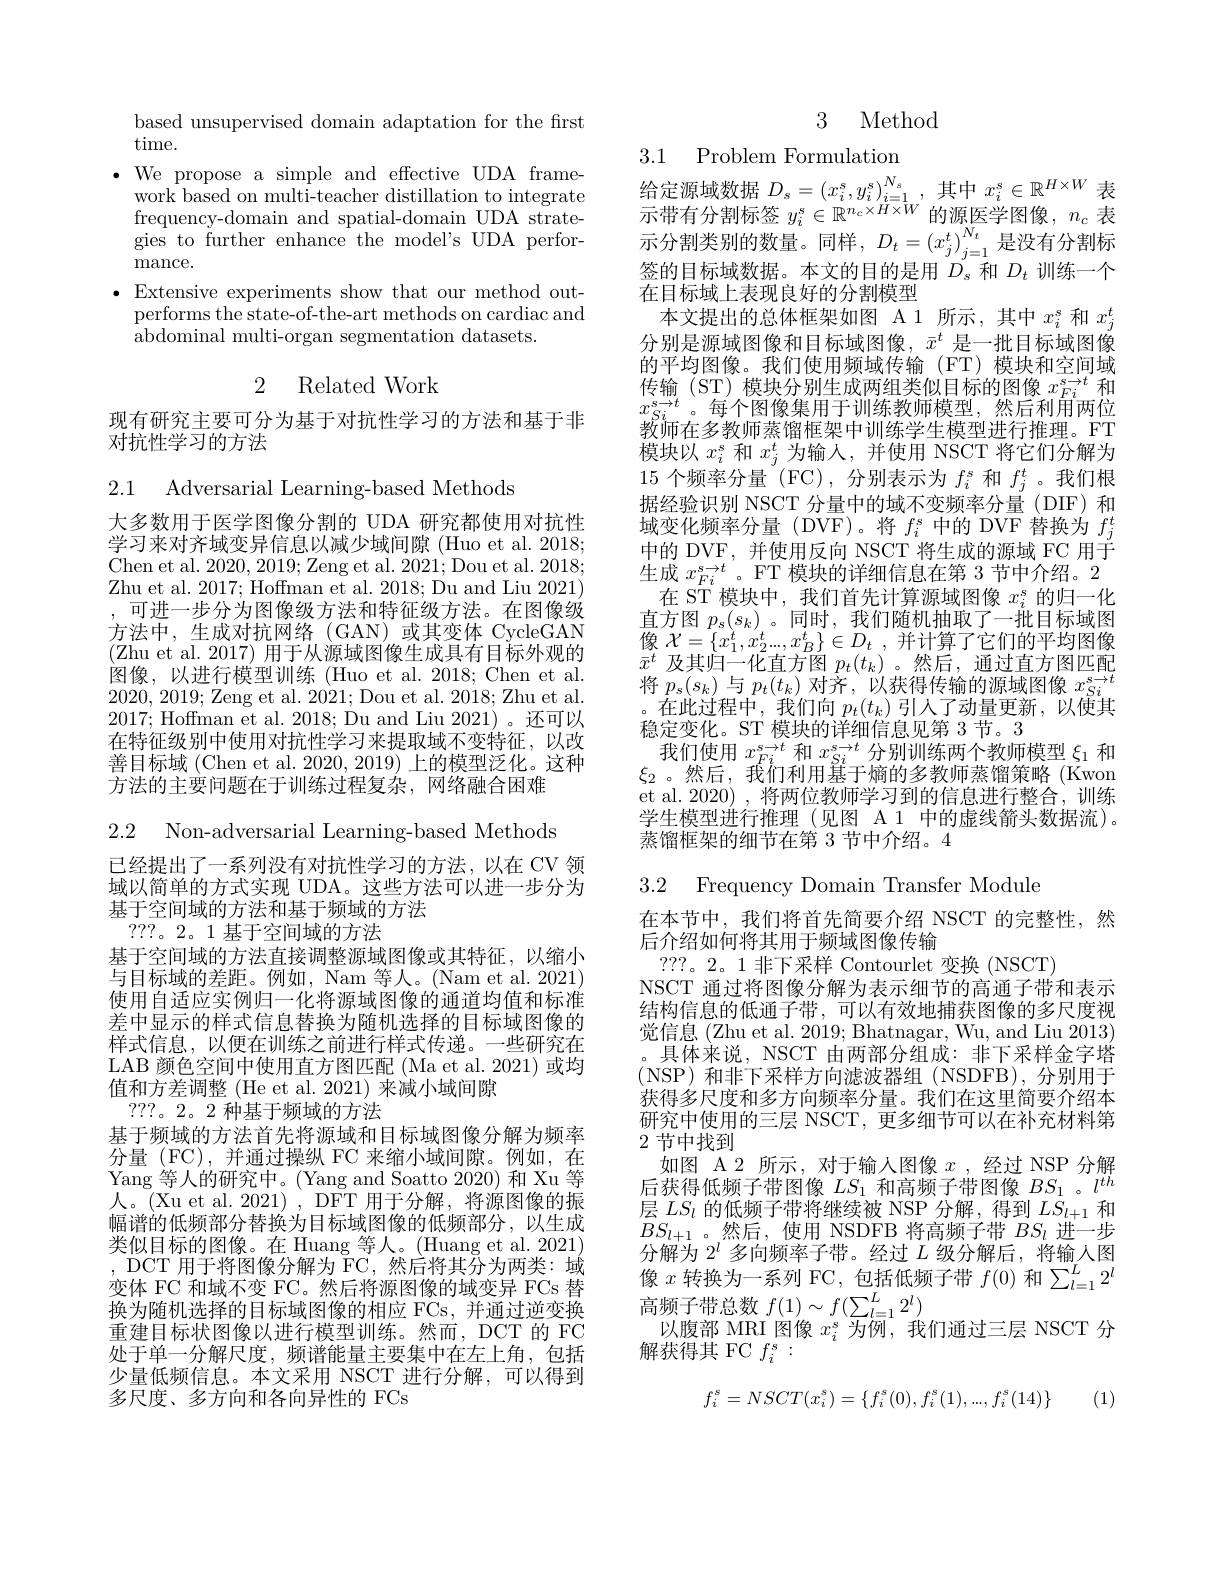
based unsupervised domain adaptation for the first
time.
$\bullet$We propose a simple and effective UDA frame-
work based on multi-teacher distillation to integrate frequency-domain and spatial-domain UDA strategies to further enhance the model's UDA performance.
$\bullet$ Extensive experiments show that our method out-
performs the state-of-the-art methods on cardiac and
${\mathrm{abdominal~multi-organ~segmentation~datasets.}}$

## 2 Related Work

现有研究主要可分为基于对抗性学习的方法和基于非
对抗性学习的方法

2.1 Adversarial Learning-based Methods

大多数用于医学图像分割的 UDA 研究都使用对抗性学习来对齐域变异信息以减少域间隙 (Huo et al. 2018; Chen et al. 2020, 2019; Zeng et al. 2021; Dou et al. 2018; Zhu et al. 2017; Hoffman et al. 2018; Du and Liu 2021) ,可进一步分为图像级方法和特征级方法。在图像级方法中，生成对抗网络(GAN)或其变体 CycleGAN (Zhu et al. 2017) 用于从源域图像生成具有目标外观的图像，以进行模型训练 (Huo et al. 2018; Chen et al. 2020, 2019; Zeng et al. 2021; Dou et al. 2018; Zhu et al. 2017; Hoffman et al. 2018; Du and Liu 2021)。还可以在特征级别中使用对抗性学习来提取域不变特征，以改善目标域 (Chen et al. 2020, 2019) 上的模型泛化。这种方法的主要问题在于训练过程复杂，网络融合困难

2.2 Non-adversarial Learning-based Methods

已经提出了一系列没有对抗性学习的方法，以在 CV 领域以简单的方式实现 UDA。这些方法可以进一步分为基于空间域的方法和基于频域的方法
???。2。1 基于空间域的方法
基于空间域的方法直接调整源域图像或其特征，以缩小与目标域的差距。例如，Nam 等人。(Nam et al. 2021) 使用自适应实例归一化将源域图像的通道均值和标准差中显示的样式信息替换为随机选择的目标域图像的样式信息，以便在训练之前进行样式传递。一些研究在LAB 颜色空间中使用直方图匹配 (Ma et al. 2021) 或均值和方差调整 (He et al. 2021) 来减小域间隙
???。2。2 种基于频域的方法
基于频域的方法首先将源域和目标域图像分解为频率分量 (FC),并通过操纵 FC 来缩小域间隙。例如，在Yang 等人的研究中。(Yang and Soatto 2020) 和 Xu 等人。(Xu et al. 2021), DFT 用于分解，将源图像的振幅谱的低频部分替换为目标域图像的低频部分，以生成类似目标的图像。在 Huang 等人。(Huang et al. 2021) ,DCT 用于将图像分解为 FC,然后将其分为两类：域变体 FC 和域不变 FC。然后将源图像的域变异 FCs 替换为随机选择的目标域图像的相应 FCs, 并通过逆变换重建目标状图像以进行模型训练。然而，DCT 的 FC 处于单一分解尺度，频谱能量主要集中在左上角，包括少量低频信息。本文采用 NSCT 进行分解，可以得到多尺度、多方向和各向异性的 FCs

3 Method

3.1 Problem Formulatior
给 定 源 域 数 据 $D_s= ( x_i^s, y_i^s) _{i= 1}^{N_s}$,其 中 $x_i^s\in \mathbb{R} ^{H\times W}$ $\text{示 带 右 公 割 起 焚 }_{a^s}^s\subset \mathbb{P} n_c\times H\times W\text{ 的 酒 匠 学 冈 侮 }_{a}$ 幸

示 带 有 分 割 标 签 $y_{i}^{s}\in \mathbb{R} ^{n_{c}\times H\times W}$的 源 医 学 图 像 , $n_{c}$ 表 示 分 割 类 别 的 数 量 。同 样 , $D_{t}= \left ( x_{j}^{t}\right ) _{j= 1}^{N_{t}}$ 是 没 有 分 割 标签的目标域数据。本文的目的是用$D_s$和$D_t$训练一个在目标域上表现良好的分割模型
本文提出的总体框架如图 A1 所示，其中$x_i^s$和$x_j^t$ 分别是源域图像和目标域图像，$\bar{x}^t$是一批目标域图像的平均图像。我们使用频域传输(FT)模块和空间域传输(ST) 模块分别生成两组类似目标的图像$x_{Fi}^{s\to t}$和$x_{Si}^{s\to t}$。每个图像集用于训练教师模型，然后利用两位$\bar{\text{教师在多教师蒸馏框架中训练学生模型进行推理。FT}}$ 模块以$x_i^s$和$x_j^t$为输入，并使用 NSCT 将它们分解为15个频率分量 (FC),分别表示为$f_i^s$和$f_j^t$。我们根据经验识别 NSCT 分量中的域不变频率分量 (DIF) 和域变化频率分量(DVF)。将$f_i^s$中的 DVF 替换为$f_j^t$ 中的 DVF,并使用反向 NSCT 将生成的源域 FC 用于生成$x_{Fi}^{s\to t}$。FT 模块的详细信息在第 3 节中介绍。2
在 ST 模块中，我们首先计算源域图像$x_i^s$的归一化直方图$p_s(s_k)$。同时，我们随机抽取了一批目标域图像$\mathcal{X} = \{ x_1^t, x_2^t. . . , x_B^t\} \in D_t$ ,并计算了它们的平均图像$\bar{x}^{t}$及其归一化直方图$p_t(t_k)$ 。然后，通过直方图匹配将$p_s(s_k)$与$p_t(t_k)$对齐，以获得传输的源域图像$x_Si^{s\to t}$ 。在此过程中，我们向$p_t(t_k)$引人了动量更新，以使其稳定变化。ST 模块的详细信息见第 3 节。3
我们使用$x_Fi^{s\to t}$和$x_Si^{s\to t}$分别训练两个教师模型$\xi_1$和$\xi_{2}$。然后，我们利用基于熵的多教师蒸馏策略(Kwon et al. 2020) , 将两位教师学习到的信息进行整合，训练学生模型进行推理(见图 A 1 中的虚线箭头数据流)。蒸馏框架的细节在第 3 节中介绍。4

3.2 Frequency Domain Transfer Module

在本节中，我们将首先简要介绍 NSCT 的完整性，然
后介绍如何将其用于频域图像传输
? ? ? 。2。1 非下采样 Contourlet 变换(NSCT)
NSCT 通过将图像分解为表示细节的高通子带和表示结构信息的低通子带，可以有效地捕获图像的多尺度视觉信息 (Zhu et al. 2019; Bhatnagar, Wu, and Liu 2013) 具体来说，NSCT 由两部分组成：非下采样金字塔(NSP)和非下采样方向滤波器组(NSDFB),分别用于获得多尺度和多方向频率分量。我们在这里简要介绍本研究中使用的三层 NSCT, 更多细节可以在补充材料第2 节中找到
如图 A 2 所示，对于输入图像$x$ ,经过 NSP 分解后获得低频子带图像$LS_1$和高频子带图像$BS_1$ 。$l^{th}$ 层$LS_l$的低频子带将继续被 NSP 分解，得到$LS_l+1$和$BS_{l+1}$ 。然后，使用 NSDFB 将高频子带$BS_l$进一步分解为$2^l$多向频率子带。经过$L$级分解后，将输人图像$x$转换为一系列 FC,包括低频子带$f(0)$和$\sum_l=1^L2^l$ 高频子带总数$f(1)\sim f(\sum_l=1^L2^l)$
以腹部 MRI 图像$x_i^s$为例，我们通过三层 NSCT 分
解获得其 FC $f_i^s:$
$$f_i^s=NSCT(x_i^s)=\{f_i^s(0),f_i^s(1),...,f_i^s(14)\}$$
(1)